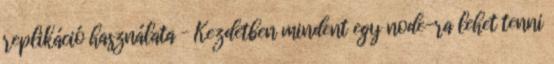
replikáció használata – Kezdetben mindent egy node-ra lehet tenni